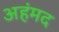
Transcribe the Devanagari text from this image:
अहंमद